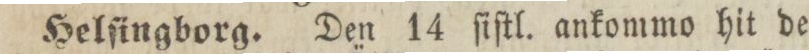
Helſingborg. Den 14 ſiſtl. ankommo hit de